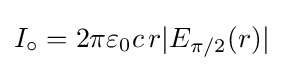
I_{\circ }=2\pi \varepsilon _{0}c\,r\vert E_{\pi /2}(r)\vert